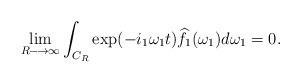
LaTeX: \begin{align*}\lim_{R\longrightarrow\infty}\int_{C_{R}}\exp(-i_{1}\omega_{1}t)\widehat {f_{1}}(\omega_{1})d\omega_{1}=0. \end{align*}